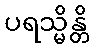
ပရသ္မိန္တိ